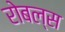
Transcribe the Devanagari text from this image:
रोबल्स